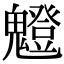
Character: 𩴝